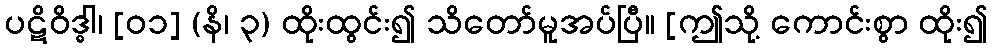
ပဋိဝိဒ္ဓါ၊ [၀၁] (နိ၊ ၃) ထိုးထွင်း၍ သိတော်မူအပ်ပြီ။ [ဤသို့ ကောင်းစွာ ထိုး၍